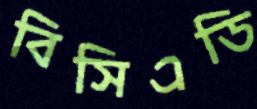
বিসিএডি